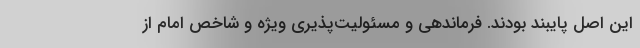
این اصل پایبند بودند. فرماندهی و مسئولیت‌پذیری ویژه و شاخص امام از